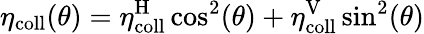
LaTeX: \eta_{\mathrm{coll}}(\theta)=\eta_{\mathrm{coll}}^{\mathrm{H}}\cos^{2}(\theta)+\eta_{\mathrm{coll}}^{\mathrm{V}}\sin^{2}(\theta)